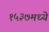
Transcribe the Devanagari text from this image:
१५३७मध्ये